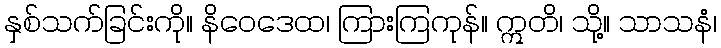
နှစ်သက်ခြင်းကို။ နိဝေဒေထ၊ ကြားကြကုန်။ ဣတိ၊ သို့။ သာသနံ၊